Annual report on the Civil Veterinary Department, Burma (including the Insein Veterinary School) - 1932-1941
Year: 1932
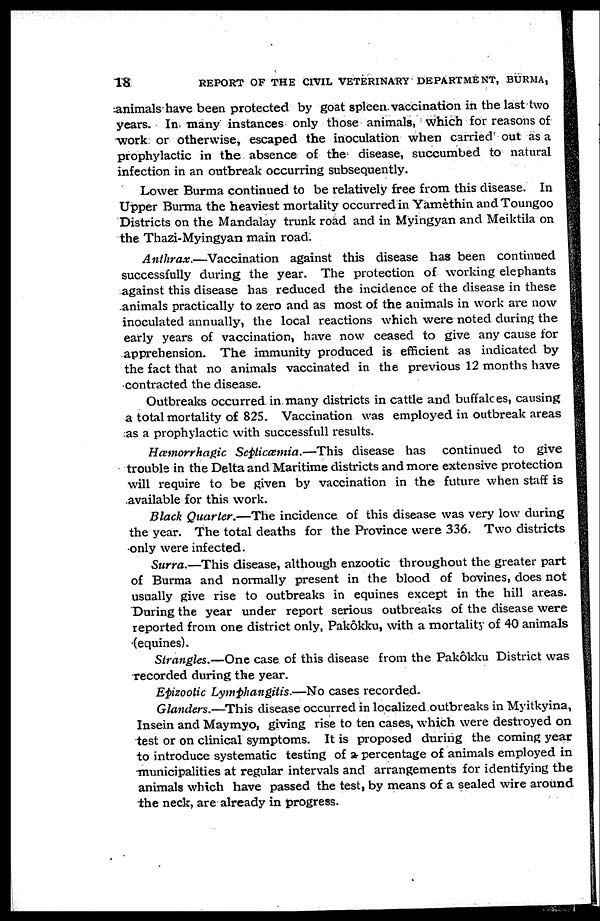
18
REPORT OF THE CIVIL VETERINARY DEPARTMENT, BURMA,
animals have been protected by goat spleen vaccination in the last two
years. In many instances only those animals, which for reasons of
work or otherwise, escaped the inoculation when carried out as a
prophylactic in the absence of the disease, succumbed to natural
infection in an outbreak occurring subsequently.
Lower Burma continued to be relatively free from this disease. In
Upper Burma the heaviest mortality occurred in Yamèthin and Toungoo
Districts on the Mandalay trunk road and in Myingyan and Meiktila on
the Thazi-Myingyan main road.
Anthrax.—Vaccination
against this disease has been continued
successfully during the year. The protection of working elephants
against this disease has reduced the incidence of the disease in these
animals practically to zero and as most of the animals in work are now
inoculated annually, the local reactions which were noted during the
early years of vaccination, have now ceased to give any cause for
apprehension. The immunity produced is efficient as indicated by
the fact that no animals vaccinated in the previous 12 months have
contracted the disease.
Outbreaks occurred in many districts in cattle and buffaloes, causing
a total mortality of 825. Vaccination was employed in outbreak areas
as a prophylactic with successfull results.
Hæmorrhagic Septicæemia.—This disease has continued to give
trouble in the Delta and Maritime districts and more extensive protection
will require to be given by vaccination in the future when staff is
available for this work.
Black Quarter.—The incidence of this disease was very low during
the year. The total deaths for the Province were 336. Two districts
only were infected.
Surra.—This disease, although enzootic throughout the greater part
of Burma and normally present in the blood of bovines, does not
usually give rise to outbreaks in equines except in the hill areas.
During the year under report serious outbreaks of the disease were
reported from one district only, Pakôkku, with a mortality of 40 animals
(equines).
Strangles.—One case of this disease from the Pakôkku District was
recorded during the year.
Epizootic Lymphangitis.—No cases recorded.
Glanders.—This disease occurred in localized outbreaks in Myitkyina,
Insein and Maymyo, giving rise to ten cases, which were destroyed on
test or on clinical symptoms. It is proposed during the coming year
to introduce systematic testing of a percentage of animals employed in
municipalities at regular intervals and arrangements for identifying the
animals which have passed the test, by means of a sealed wire around
the neck, are already in progress.